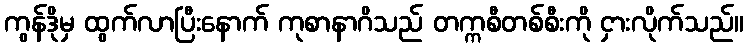
ကွန်ဒိုမှ ထွက်လာပြီးနောက် ကုစာနာဂိသည် တက္ကစီတစ်စီးကို ငှားလိုက်သည်။